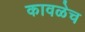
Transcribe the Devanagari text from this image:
कावळेच